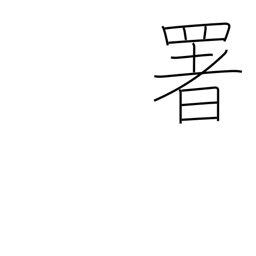
Meaning: govt office